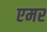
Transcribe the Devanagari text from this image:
एमर